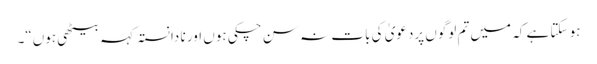
ہو سکتا ہے کہ میں تم لوگوں پردعویٰ کی بات نہ سن چکی ہوں اور نا دانستہ کہہ بیٹھی ہوں“۔